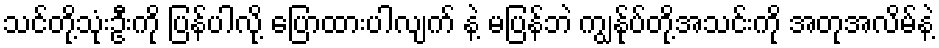
သင်တို့သုံးဦးကို ပြန်ပါလို့ ပြောထားပါလျက် နဲ့ မပြန်ဘဲ ကျွန်ုပ်တို့အသင်းကို အတုအလိမ်နဲ့